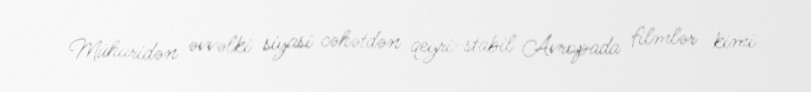
Müharidən əvvəlki siyasi cəhətdən qeyri-stabil Avropada filmlər kimi